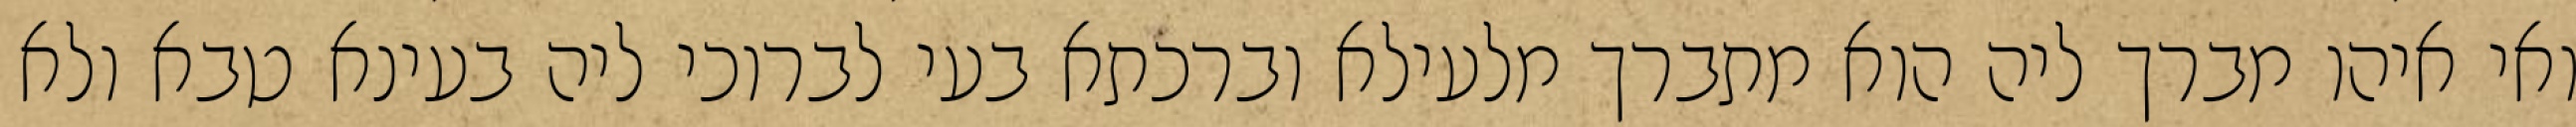
ואי איהו מברך ליה הוא מתברך מלעילא וברכתא בעי לברוכי ליה בעינא טבא ולא